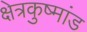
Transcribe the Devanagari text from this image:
क्षेत्रकुष्मांड